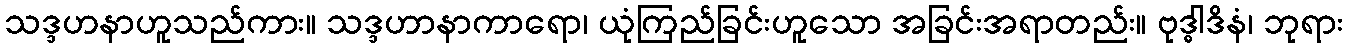
သဒ္ဒဟနာဟူသည်ကား။ သဒ္ဒဟာနာကာရော၊ ယုံကြည်ခြင်းဟူသော အခြင်းအရာတည်း။ ဗုဒ္ဓါဒိနံ၊ ဘုရား